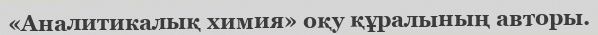
«Аналитикалық химия» оқу құралының авторы.